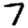
Digit: 7